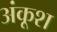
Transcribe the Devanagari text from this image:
अंकूश